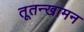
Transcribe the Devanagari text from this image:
तूतन्खामन